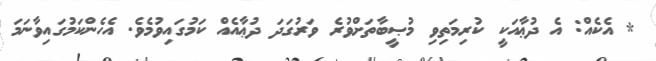
* އެކެއް: އެ ދުޢާއަކީ ކުރިމަތިވި މުޞީބާތަށްވުރެ ވަރުގަދަ ދުޢާއެއް ކަމުގައިވުމެވެ. އެހެންކަމުގައިވާނަމަ